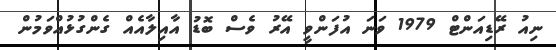
ނިއު ރޭޑިއަންޓް 1979 ވަނަ އުފަންވީ އޭރު ވެސް ބޮޑު އާއިލާއެއް ގެންގުޅުއްވަމުން